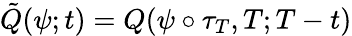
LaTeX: \tilde{Q}(\psi;t)=Q(\psi\circ\tau_{T},T;T-t)